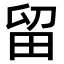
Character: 留